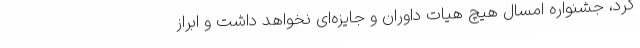
کرد، جشنواره امسال هیچ هیات داوران و جایزه‌ای نخواهد داشت و ابراز